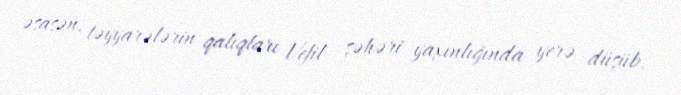
əsasən, təyyarələrin qalıqları Vefil şəhəri yaxınlığında yerə düşüb.